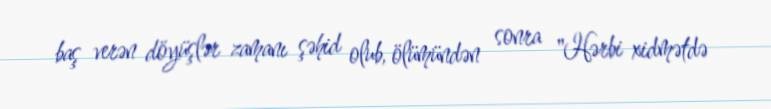
baş verən döyüşlər zamanı şəhid olub, ölümündən sonra "Hərbi xidmətdə